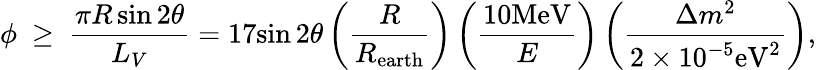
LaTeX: \phi~\geq~{\frac{\pi R\sin 2\theta}{L_{V}}}=17{\sin 2\theta}\left({\frac{R}{R_{\mathrm{earth}}}}\right)\left({\frac{10\mathrm{MeV}}{E}}\right)\left({\frac{\Delta m^{2}}{2\times 10^{-5}\mathrm{eV^{2}}}}\right),